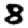
Digit: 8